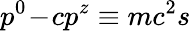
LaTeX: p^{0}\! -\! cp^{z}\equiv mc^{2}s